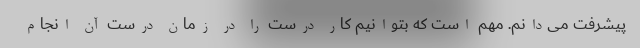
پیشرفت می‌دانم. مهم است که بتوانیم کار درست را در زمان درست آن انجام